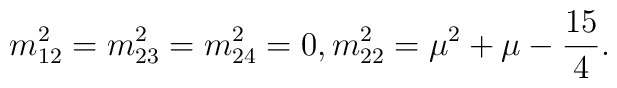
m^{2}_{12} = m^{2}_{23} = m^{2}_{24} = 0, m^{2}_{22} = \mu^{2} + \mu -\frac{15}{4}.